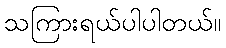
သကြားရယ်ပါပါတယ်။